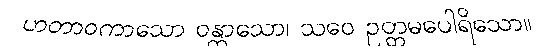
ဟတာဝကာသော ဝန္တာသော၊ သဝေ ဥတ္တမပေါရိသော။